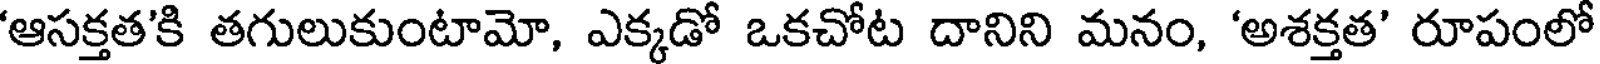
'ఆసక్తత'కి తగులుకుంటామో, ఎక్కడో ఒకచోట దానిని మనం, 'అశక్తత' రూపంలో